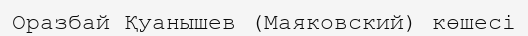
Оразбай Қуанышев (Маяковский) көшесі